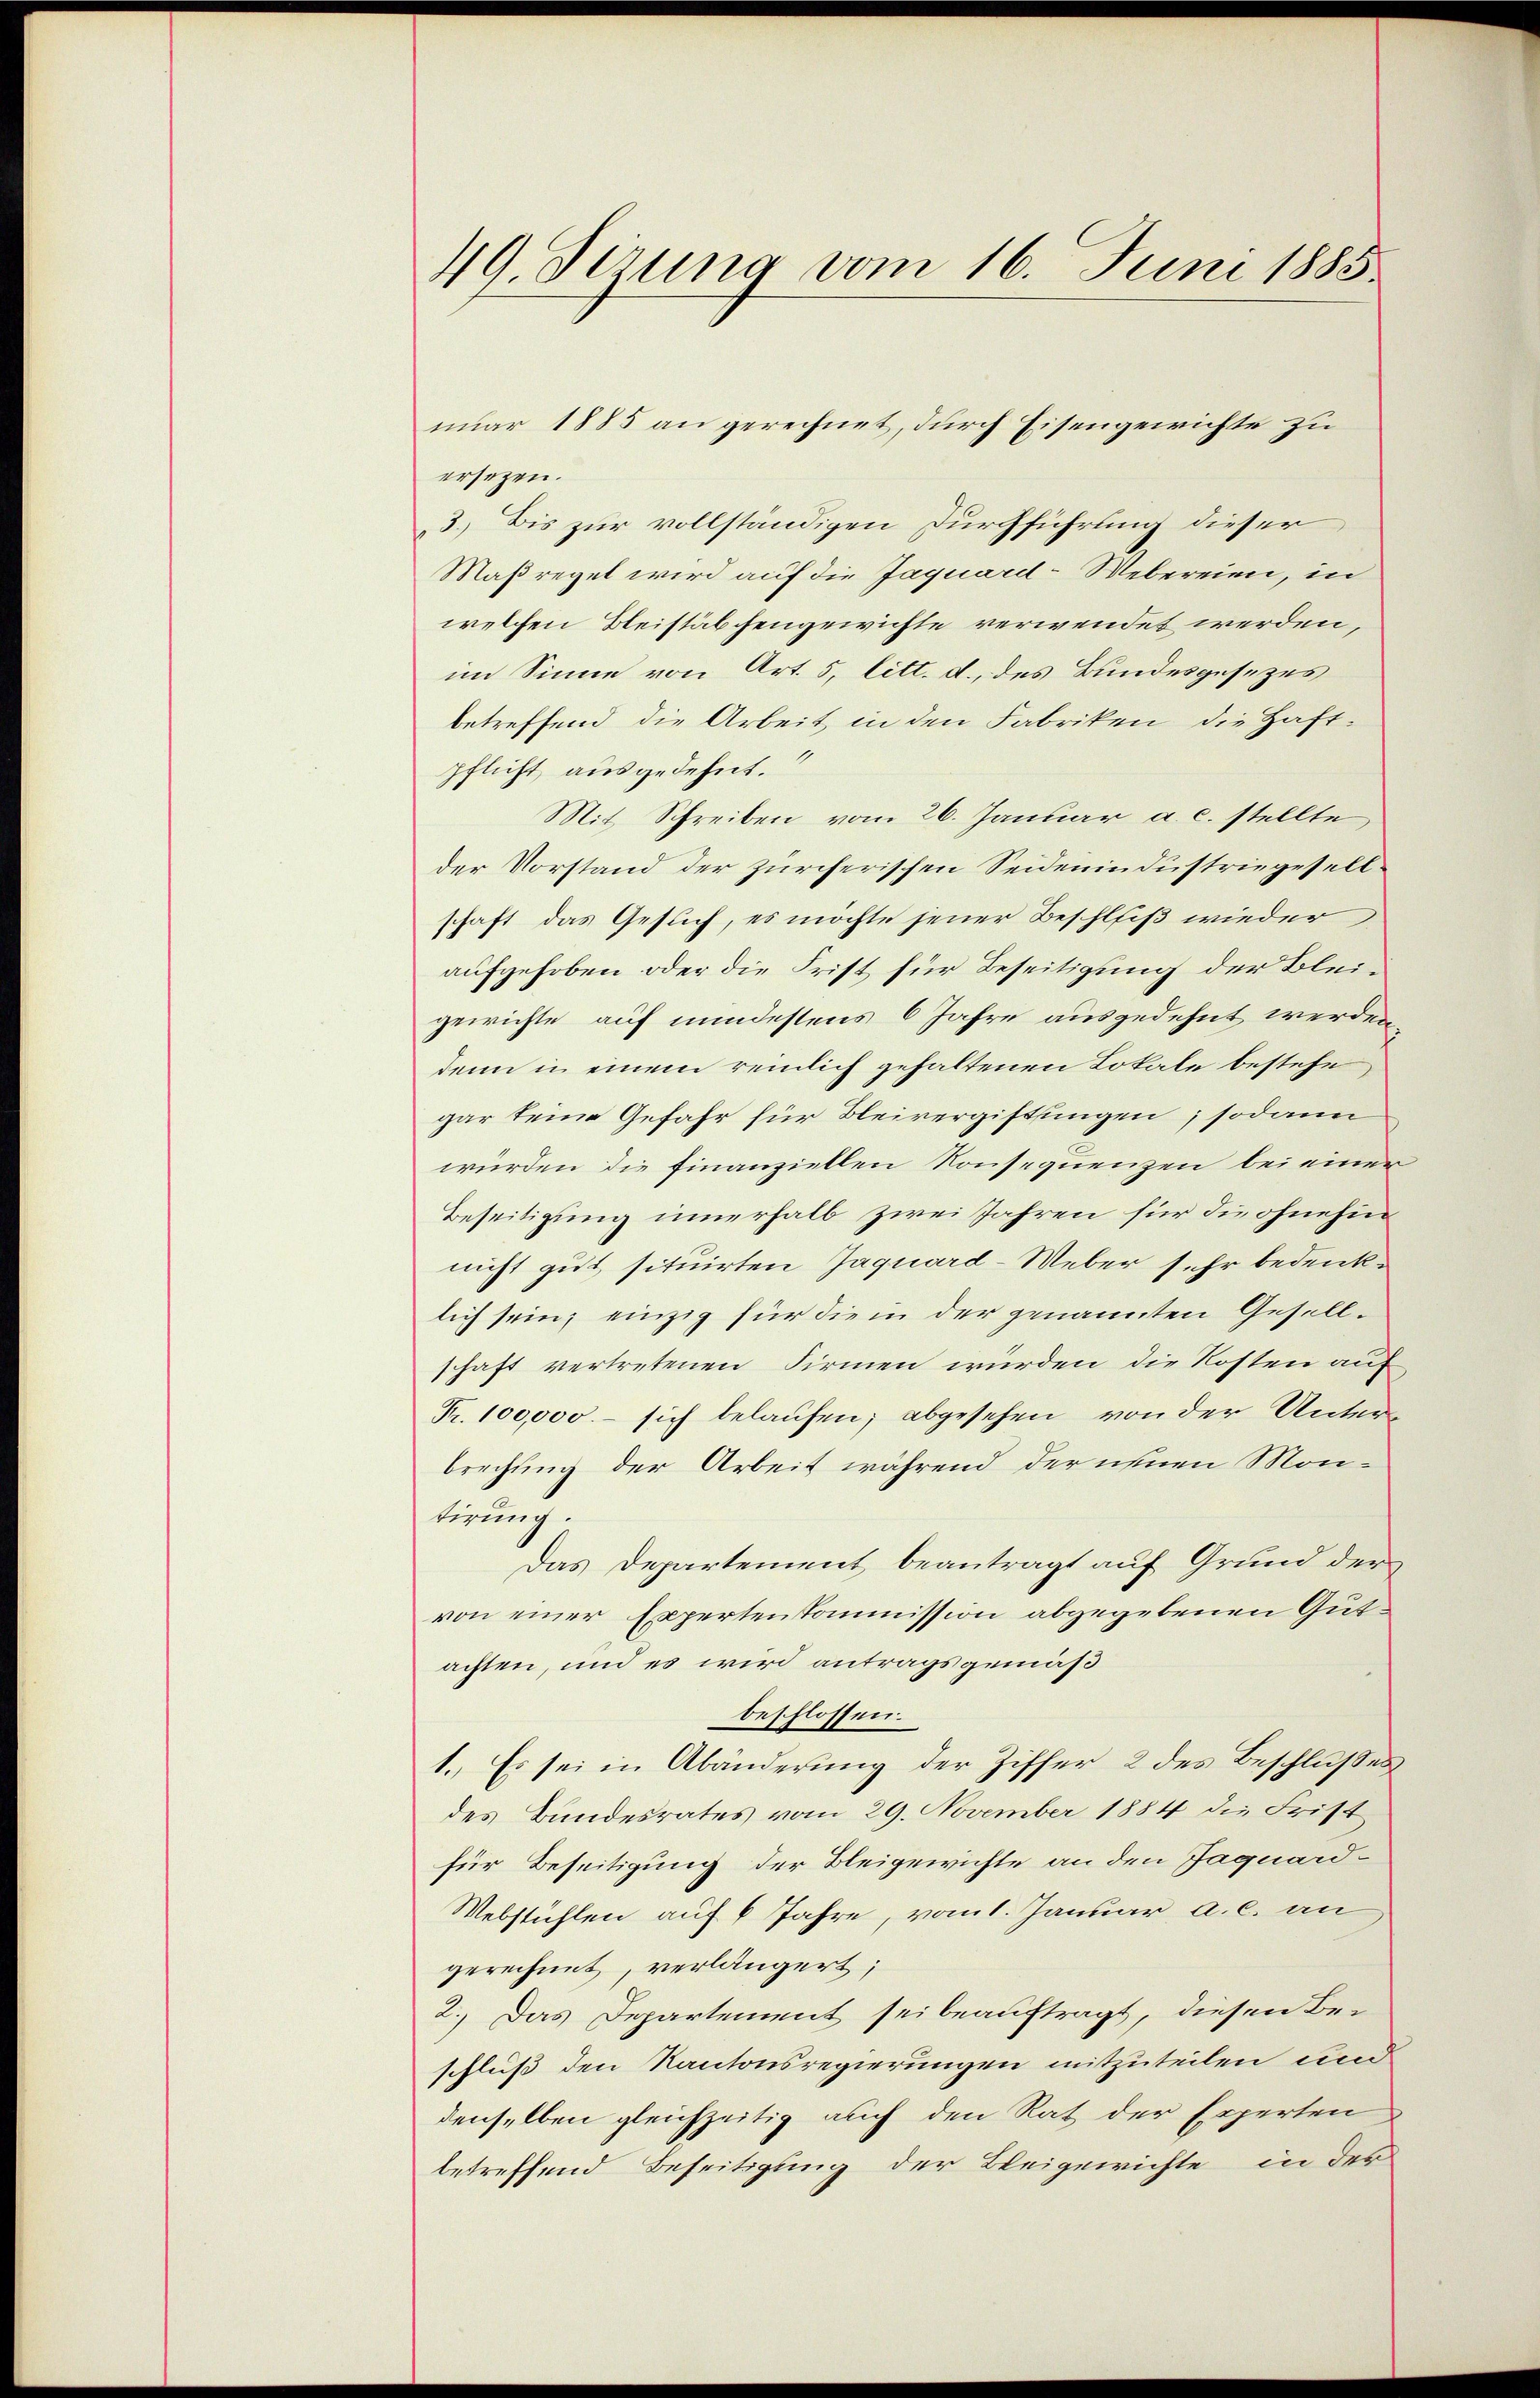
49. Perung vom 16. Juni 1885.

ersetzen.
3.) Bis zur vollständigen Durchführung dieser
Maßregel wird auf die Jaquard-Webereien, in
welchen Bleistäbchengewichte verwendet werden,
im Sinne von Art. 5, litt. d. des Bundesgesezes
betreffend die Arbeit in den Fabriken die Haft-
pflicht ausgedehnt.
Mit Schreiben vom 26. Januar a. c. stellte
der Vorstand der zürcherischen Seidenindustriegesellschaft das Gesuch, es möchte jener Beschliß wieder
aufgehoben oder die Frist für Beseitigung der Bleigewichte auf mindestens 6 Jahre ausgedehnt werden,
denn in einem reinlich gehaltenen Lokale bestehe,
gar keine Gefahr für Bleivergiftungen; sodann
würden die finanziellen Konsequenzen bei einer
Beseitigung innerhalb zwei Jahren für die ohnehin
nicht gut, situirten Jaquard-Weber sehr bedenklich sein; einzig für die in der genannten Gesellschaft vertretenen Firmen wurden die Kosten auf
Fr. 100,000.- sich belaufen; abgesehen von der Unterbrechung der Arbeit während der neuen Montirung.
Das Departement beantragt auf Grund der
von einer Expertenkommission abgegebenen Gutachten, und es wird antragsgemäß
beschlossen.
1. Es sei in Abänderung der Ziffer 2 des Beschlußes
des Bundesrates vom 29. November 1884 die Frist
für Beseitigung der Bleigewichte an den Jaquard¬
Webstühlen auf 6 Jahre, vom 1. Januar a. c. an
gerechnet, verlängert;
2. Das Departement sei beauftragt, diesen Be-
schluß den Kantonsregierungen mitzuteilen und
denselben gleichzeitig auch den Rat der Experten
betreffend Beseitigung der Bleigewichte in der

nuar 1885 an gerechnet, durch Eisengewichte zu